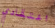
اعتقادي